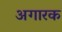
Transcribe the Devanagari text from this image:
अगारक